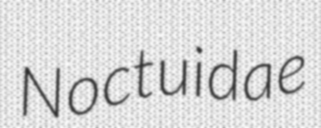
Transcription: Noctuidae